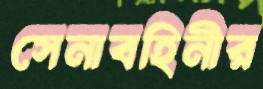
সেনাবহিনীর